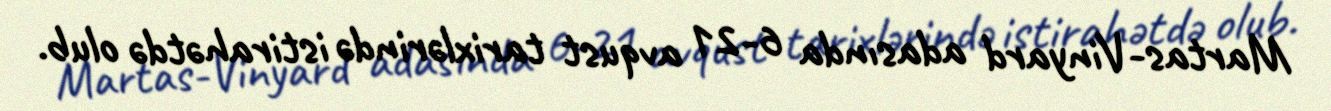
Martas-Vinyard adasında 6-21 avqust tarixlərində istirahətdə olub.